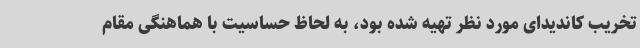
تخریب کاندیدای مورد نظر تهیه شده بود، به لحاظ حساسیت با هماهنگی مقام